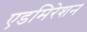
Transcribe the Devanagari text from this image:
एडमिरेशन